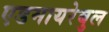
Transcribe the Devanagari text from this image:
एडमायरेबुल